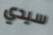
سيدي